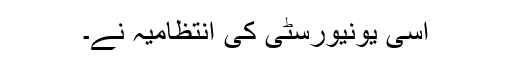
اسی یونیورسٹی کی انتظامیہ نے۔